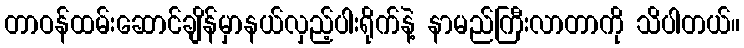
တာဝန်ထမ်းဆောင်ချိန်မှာနယ်လှည့်ပါးရိုက်နဲ့ နာမည်ကြီးလာတာကို သိပါတယ်။